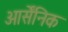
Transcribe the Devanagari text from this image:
आर्सेंनिक